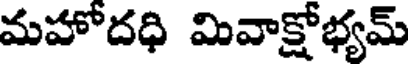
మహోదధి మివాక్షోభ్యమ్